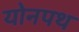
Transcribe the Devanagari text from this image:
योनपथ